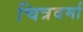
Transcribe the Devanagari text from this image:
चित्रवर्मा